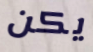
يكن